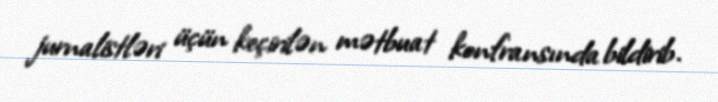
jurnalistləri üçün keçirilən mətbuat konfransında bildirib.